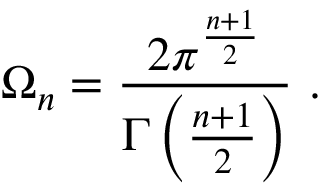
\Omega _ { n } = \frac { 2 \pi ^ { \frac { n + 1 } { 2 } } } { \Gamma \left( \frac { n + 1 } { 2 } \right) } \ .